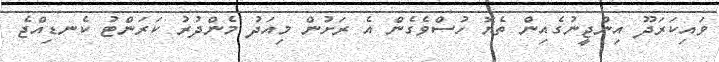
ވައިކަރަދޫ އިންޖީނުގެއިން ތެޔޮ ހުސްވެގެން އެ ރަށުން މިއަދު މެންދުރު ކަރަންޓު ކެނޑިއްޖެ